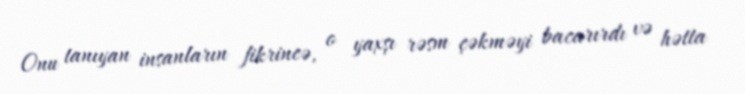
Onu tanıyan insanların fikrincə, o yaxşı rəsm çəkməyi bacarırdı və hətta